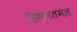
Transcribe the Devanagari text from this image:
हिम्मतमल